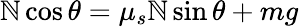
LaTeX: \mathbb{N}\cos\theta=\mu_{s}\mathbb{N}\sin\theta+mg